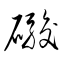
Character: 礟